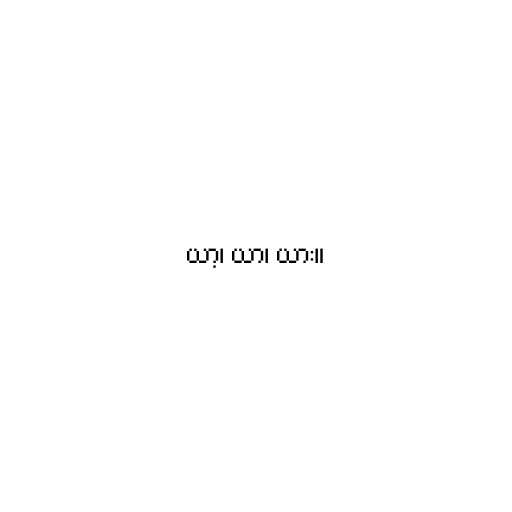
ယာ့၊ ယာ၊ ယား။